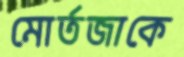
মোর্তজাকে